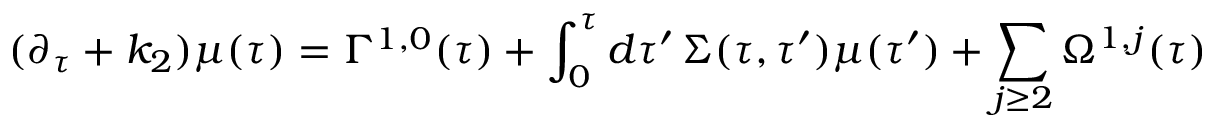
{ } ( \partial _ { \tau } + k _ { 2 } ) \mu ( \tau ) = \Gamma ^ { 1 , 0 } ( \tau ) + \int _ { 0 } ^ { \tau } d \tau ^ { \prime } \, \Sigma ( \tau , \tau ^ { \prime } ) \mu ( \tau ^ { \prime } ) + \sum _ { j \geq 2 } \Omega ^ { 1 , j } ( \tau )